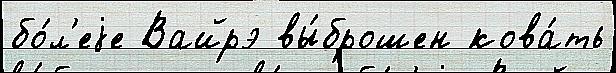
бо́л'еjе Вайрэ вы́брошен кова́ть